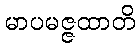
မာပမဇ္ဇထာတိ